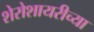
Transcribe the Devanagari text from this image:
शेरोशायरीच्या